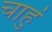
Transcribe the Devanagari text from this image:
चाहुं